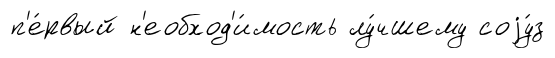
п'е́рвый н'еобход'и́мость лу́чшему соjу́з